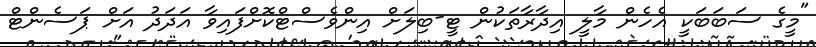
"މީގެ ސަބަބަކީ އެހެން މާލީ އިދާރާތަކުން ޓީ-ބިލަށް އިންވެސްޓްކޮށްފައިވާ އަދަދު އަށް ޕަސެންޓް